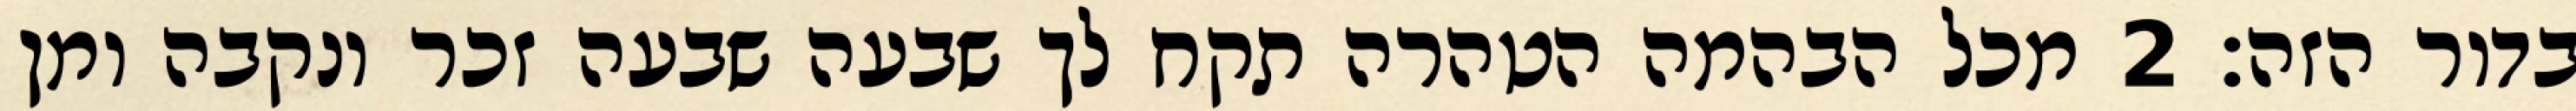
בדור הזה׃ ‎2‏ מכל הבהמה הטהרה תקח לך שבעה שבעה זכר ונקבה ומן